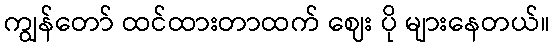
ကျွန်တော် ထင်ထားတာထက် ဈေး ပို များနေတယ်။